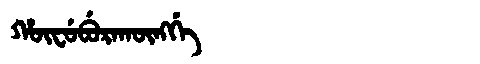
Manchu: ᡥᡡᠸᡠᠪᡠᡵᠠᡴᡡᠩᡤᡝ
Romanization: HŪFUBURAKŪNGGE